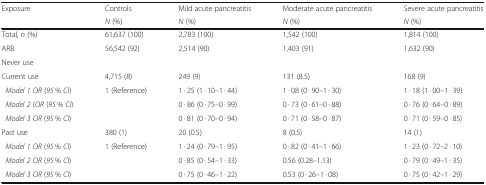
| <ROWSPAN=2> Exposure | Controls | Mild acute pancreatitis | Moderate acute pancreatitis | Severe acute pancreatitis |
 | N (%) | N (%) | N (%) | N (%) |
 | --- | --- | --- | --- | --- |
 | Total, n (%) | 61,637 (100) | 2,783 (100) | 1,542 (100) | 1,814 (100) |
 | ARB | <ROWSPAN=2> 56,542 (92) | <ROWSPAN=2> 2,514 (90) | <ROWSPAN=2> 1,403 (91) | <ROWSPAN=2> 1,632 (90) |
 | Never use |
 | Current use | 4,715 (8) | 249 (9) | 131 (8.5) | 168 (9) |
 | Model 1 OR (95 % CI) | <ROWSPAN=3> 1 (Reference) | 1 · 25 (1 · 10–1 · 44) | 1 · 08 (0 · 90–1 · 30) | 1 · 18 (1 · 00–1 · 39) |
 | Model 2 (OR (95 % CI) | 0 · 86 (0 · 75–0 · 99) | 0 · 73 (0 · 61–0 · 88) | 0 · 76 (0 · 64–0 · 89) |
 | Model 3 OR (95 % CI) | 0 · 81 (0 · 70–0 · 94) | 0 · 71 (0 · 58–0 · 87) | 0 · 71 (0 · 59–0 · 85) |
 | Past use | 380 (1) | 20 (0.5) | 8 (0.5) | 14 (1) |
 | Model 1 OR (95 % CI) | <ROWSPAN=3> 1 (Reference) | 1 · 24 (0 · 79–1 · 95) | 0 · 82 (0 · 41–1 · 66) | 1 · 23 (0 · 72–2 · 10) |
 | Model 2 OR (95 % CI) | 0 · 85 (0 · 54–1 · 33) | 0.56 (0.28–1.13) | 0 · 79 (0 · 49–1 · 35) |
 | Model 3 OR (95 % CI) | 0 · 75 (0 · 46–1 · 22) | 0.53 (0 · 26–1 · 08) | 0 · 75 (0 · 42–1 · 29) |